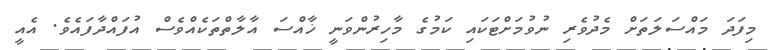
މިފަދަ މައްސަލަތަށް މެދުވެރި ނުވުމަށްޓަކައި ކަމުގެ މާހިރުންވަނީ ޚާއްސަ އާލާތްތަކެއްވެސް އުފައްދާފައެވެ. އެއީ